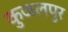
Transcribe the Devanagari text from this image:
कुजलपुर